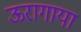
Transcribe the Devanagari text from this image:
ऊरागाया